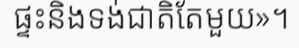
ផ្ទះនិងទង់ជាតិតែមួយ»។